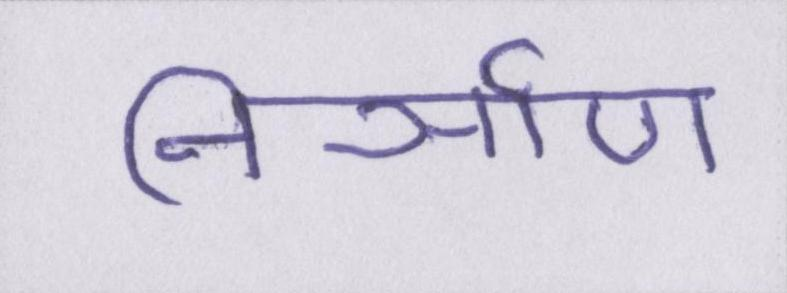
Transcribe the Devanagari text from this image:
निर्ञाण